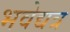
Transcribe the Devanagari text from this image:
भवेद्यत्र